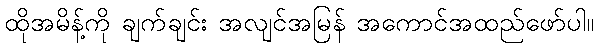
ထိုအမိန့်ကို ချက်ချင်း အလျင်အမြန် အကောင်အထည်ဖော်ပါ။